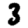
Digit: 3